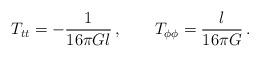
LaTeX: \begin{align*}T_{tt} = -\frac{1}{16\pi Gl}\,, \qquad T_{\phi\phi} = \frac{l}{16\pi G}\,. \end{align*}